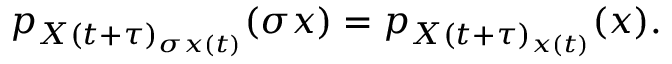
\begin{array} { r } { p _ { X ( t + \tau ) _ { \sigma x ( t ) } } ( \sigma x ) = p _ { X ( t + \tau ) _ { x ( t ) } } ( x ) . } \end{array}